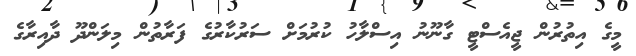
މީގެ އިތުރުން ޖީއެސްޓީ ގާނޫނު އިސްލާހު ކުރުމަށް ސަރުކާރުގެ ފަރާތުން މިލަންދޫ ދާއިރާގެ